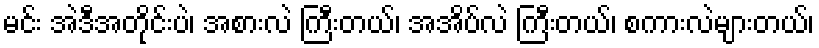
မင်း အဲဒီအတိုင်းပဲ၊ အစားလဲ ကြီးတယ်၊ အအိပ်လဲ ကြီးတယ်၊ စကားလဲများတယ်၊